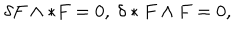
LaTeX: \delta F \wedge * F = 0 , \ \delta * F \wedge F = 0 , \